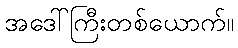
အဒေါ်ကြီးတစ်ယောက်။